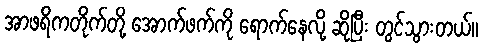
အာဖရိကတိုက်တို့ အောက်ဖက်ကို ရောက်နေလို့ ဆိုပြီး တွင်သွားတယ်။